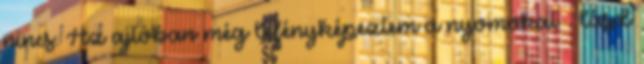
nincs. Az ajtóban még lefényképeztem a nyomokat – lásd